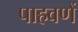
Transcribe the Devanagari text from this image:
पाहवणें